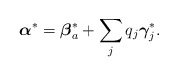
\begin{align*}{\mbox{\boldmath $\alpha$}}^* = {\mbox{\boldmath $\beta$}}^*_a + \sum_j q_j {\mbox{\boldmath $\gamma$}}_j^* .\end{align*}